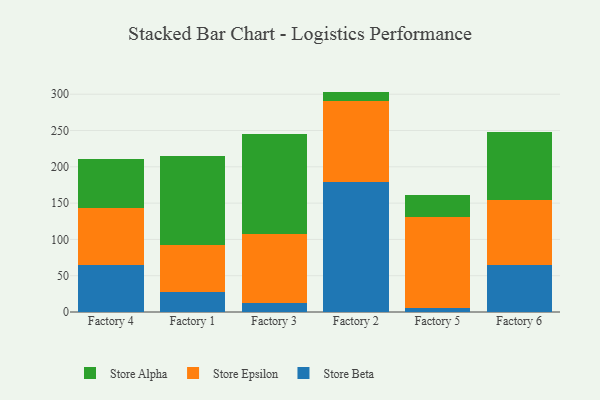
{"axis": {"x": "Factory", "y": "Tickets Resolved"}, "legend": ["Store Alpha", "Store Beta", "Store Epsilon"], "data": [{"x": "Factory 4", "y": 64.2, "type": "Store Beta"}, {"x": "Factory 4", "y": 79.5, "type": "Store Epsilon"}, {"x": "Factory 4", "y": 67.7, "type": "Store Alpha"}, {"x": "Factory 1", "y": 27.7, "type": "Store Beta"}, {"x": "Factory 1", "y": 65.1, "type": "Store Epsilon"}, {"x": "Factory 1", "y": 121.6, "type": "Store Alpha"}, {"x": "Factory 3", "y": 12.2, "type": "Store Beta"}, {"x": "Factory 3", "y": 94.6, "type": "Store Epsilon"}, {"x": "Factory 3", "y": 139.0, "type": "Store Alpha"}, {"x": "Factory 2", "y": 178.9, "type": "Store Beta"}, {"x": "Factory 2", "y": 112.3, "type": "Store Epsilon"}, {"x": "Factory 2", "y": 12.4, "type": "Store Alpha"}, {"x": "Factory 5", "y": 6.1, "type": "Store Beta"}, {"x": "Factory 5", "y": 125.4, "type": "Store Epsilon"}, {"x": "Factory 5", "y": 29.6, "type": "Store Alpha"}, {"x": "Factory 6", "y": 64.6, "type": "Store Beta"}, {"x": "Factory 6", "y": 89.5, "type": "Store Epsilon"}, {"x": "Factory 6", "y": 94.1, "type": "Store Alpha"}]}